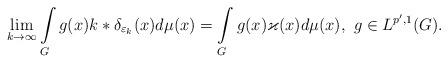
LaTeX: \begin{align*} \lim_{k\rightarrow\infty}\int\limits_{G}g(x)k\ast \delta_{\varepsilon_k}(x)d\mu(x)=\int\limits_{G}g(x)\varkappa(x) d\mu(x),\,\,g\in L^{p',1}(G). \end{align*}